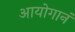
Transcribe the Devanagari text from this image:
आयोगानं